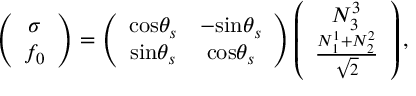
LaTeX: \left( \begin{array} { c } { { \sigma } } \\ { { f _ { 0 } } } \end{array} \right) = \left( \begin{array} { c c } { { \mathrm { c o s } \theta _ { s } } } & { { - \mathrm { s i n } \theta _ { s } } } \\ { { \mathrm { s i n } \theta _ { s } } } & { { \mathrm { c o s } \theta _ { s } } } \end{array} \right) \left( \begin{array} { c } { { N _ { 3 } ^ { 3 } } } \\ { { \frac { N _ { 1 } ^ { 1 } + N _ { 2 } ^ { 2 } } { \sqrt 2 } } } \end{array} \right) ,